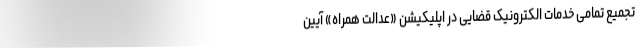
تجمیع تمامی خدمات الکترونیک قضایی در اپلیکیشن «عدالت همراه» آیین